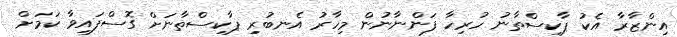
އިންޒާރާ އެކު ޕާކިސްތާނު ހުރިހާ ފަންނާނުން މިހާރު އެނބުރި ޕާކިސްތާނަށް ގޮސްފައިވާ ކަމަށް